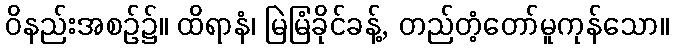
ဝိနည်းအစဉ်၌။ ထိရာနံ၊ မြဲမြံခိုင်ခန့်, တည်တံ့တော်မူကုန်သော။